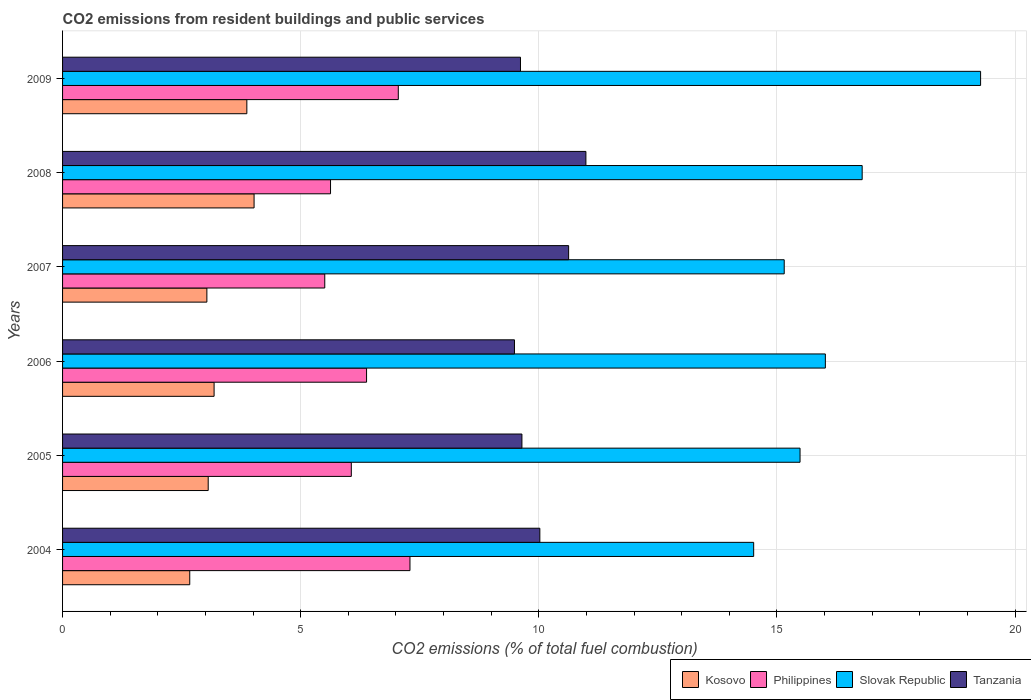
| Years | Kosovo | Philippines | Slovak Republic | Tanzania |
 | --- | --- | --- | --- | --- |
 | 2004 | 2.67 | 7.29 | 14.5 | 10 |
 | 2005 | 3.06 | 6.06 | 15.5 | 9.65 |
 | 2006 | 3.18 | 6.38 | 16 | 9.49 |
 | 2007 | 3.03 | 5.51 | 15.2 | 10.6 |
 | 2008 | 4.02 | 5.63 | 16.8 | 11 |
 | 2009 | 3.87 | 7.05 | 19.3 | 9.62 |